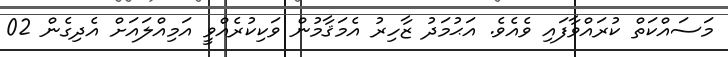
މަސައްކަތް ކުރައްވާފައި ވެއެވެ. އަޙުމަދު ޒާހިރު އެމަޤާމުން ވަކިކުރެއްވީ އަމިއްލައަށް އެދިގެން 02